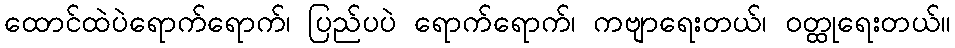
ထောင်ထဲပဲရောက်ရောက်၊ ပြည်ပပဲ ရောက်ရောက်၊ ကဗျာရေးတယ်၊ ဝတ္ထုရေးတယ်။